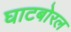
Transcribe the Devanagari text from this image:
घाटबोरल